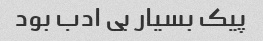
پیک بسیار بی ادب بود